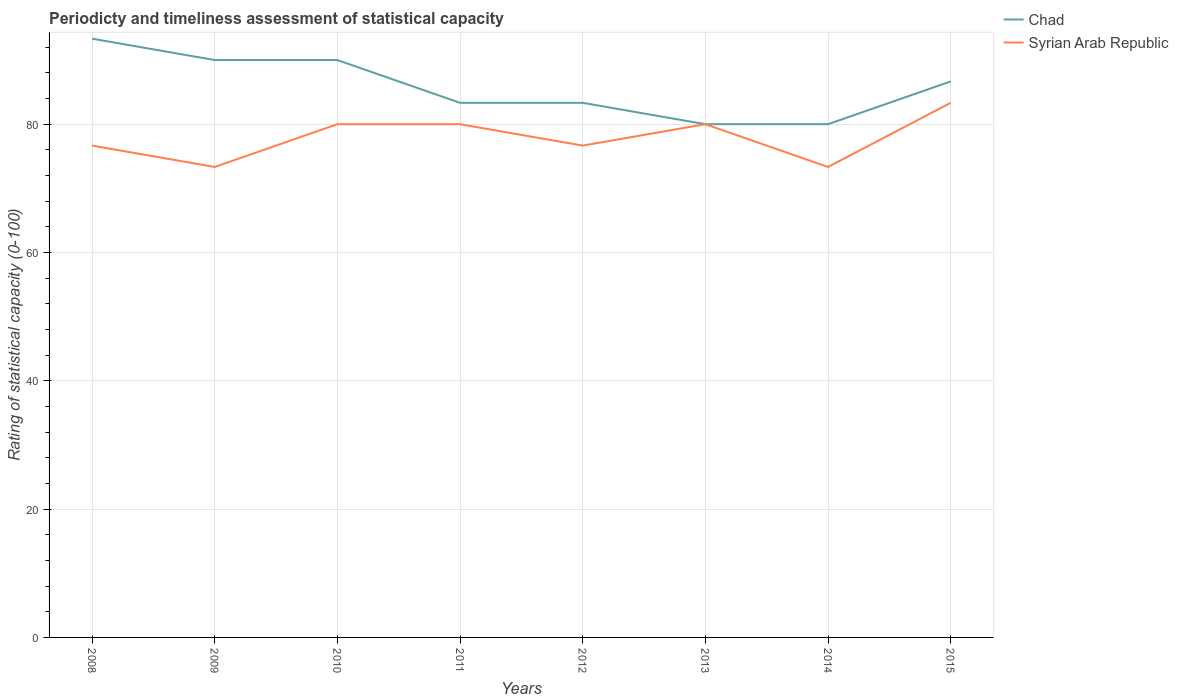
| Years | Chad | Syrian Arab Republic |
 | --- | --- | --- |
 | 2008 | 93.3 | 76.7 |
 | 2009 | 90 | 73.3 |
 | 2010 | 90 | 80 |
 | 2011 | 83.3 | 80 |
 | 2012 | 83.3 | 76.7 |
 | 2013 | 80 | 80 |
 | 2014 | 80 | 73.3 |
 | 2015 | 86.7 | 83.3 |